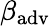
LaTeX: \beta_{\mathrm{adv}}